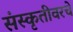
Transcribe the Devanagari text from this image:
संस्कृतीवरचे